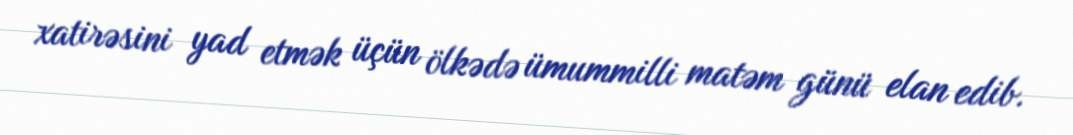
xatirəsini yad etmək üçün ölkədə ümummilli matəm günü elan edib.